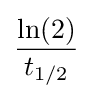
{\frac {\ln(2)}{t_{1/2}}}